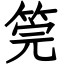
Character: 筦